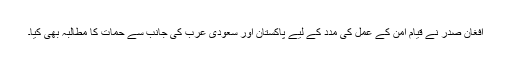
افغان صدر نے قیامِ امن کے عمل کی مدد کے لیے پاکستان اور سعودی عرب کی جانب سے حمات کا مطالبہ بھی کیا۔